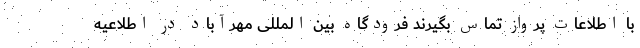
با اطلاعات پرواز تماس بگیرند فرودگاه بین المللی مهرآباد در اطلاعیه